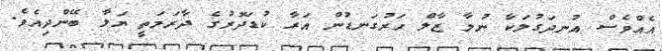
އެއްވެސް އުނދަގުލަކާ ނުލާ ޒާލް ހަރުގަނޑުން އަރާ ކުޑަދޮރުގެ ދާރަމަތީ ޔަލާ ބޭންދިއެވެ.